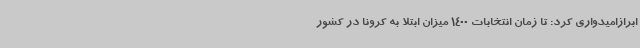
ابرازامیدواری کرد: تا زمان انتخابات 1400 میزان ابتلا به کرونا در کشور